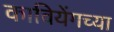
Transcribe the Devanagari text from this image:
कावियेंगच्या